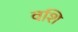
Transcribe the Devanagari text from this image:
वशि